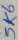
Text: 5K6